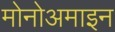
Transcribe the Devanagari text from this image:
मोनोअमाइन